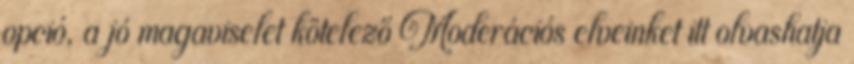
opció, a jó magaviselet kötelező Moderációs elveinket itt olvashatja